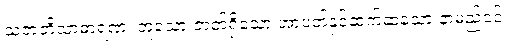
သဇာတိသာဓာရဏံ၊ တူသော ဇာတ်ရှိသော အာပတ်နှင့်ဆက်ဆံသော နာမည်၎င်း။